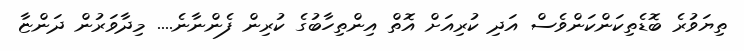
ތިޔަވުރެ ބޮޑެތިކަންކަންވެސް އަދި ކުރިއަށް އޮތް އިންތިހާބުގެ ކުރިން ފެންނާނެ.... މިދާވަރުން ދަންޏާ